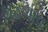
મડગાવ